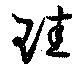
珪